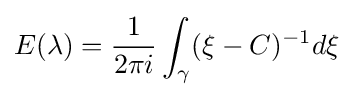
E(\lambda )={1 \over 2\pi i}\int _{\gamma }(\xi -C)^{-1}d\xi